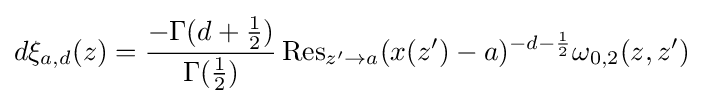
d\xi _{a,d}(z)={\frac {-\Gamma (d+{\frac {1}{2}})}{\Gamma ({\frac {1}{2}})}}\operatorname {Res} _{z'\to a}(x(z')-a)^{-d-{\frac {1}{2}}}\omega _{0,2}(z,z')